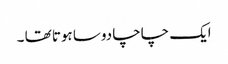
ایک چاچا دوسا ہوتا تھا ۔